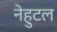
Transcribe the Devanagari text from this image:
नेहुटल